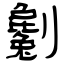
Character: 劖